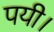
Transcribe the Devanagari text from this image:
पयी।